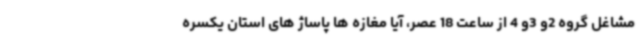
مشاغل گروه 2و 3و 4 از ساعت 18 عصر، آیا مغازه ها پاساژ های استان یکسره